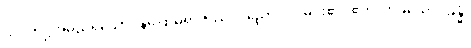
သုပ္ပတိဋ္ဌအမည်ရှိသော။ နိဂြောဓရာဇဿ၊ ပညောင်ပင်မင်း၏။ ဧကံ၊ တခုသော။ ခန္ဓံ၊